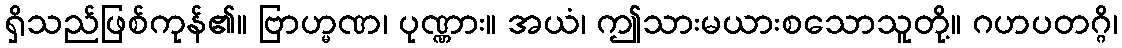
ရှိသည်ဖြစ်ကုန်၏။ ဗြာဟ္မဏ၊ ပုဏ္ဏား။ အယံ၊ ဤသားမယားစသောသူတို့။ ဂဟပတဂ္ဂိ၊